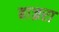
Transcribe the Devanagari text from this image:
बाज्ररा